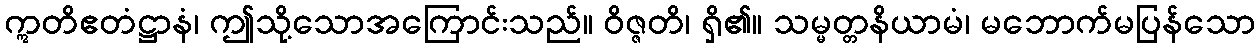
ဣတိဧတံဋ္ဌာနံ၊ ဤသို့သောအကြောင်းသည်။ ဝိဇ္ဇတိ၊ ရှိ၏။ သမ္မတ္တနိယာမံ၊ မဘောက်မပြန်သော